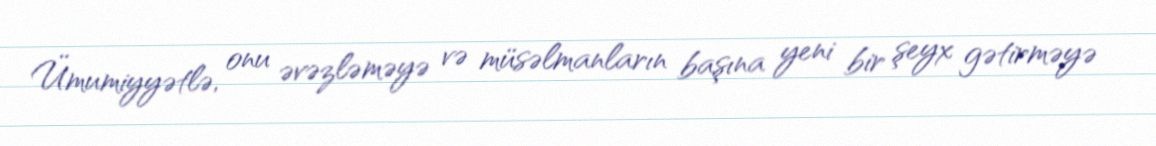
Ümumiyyətlə, onu əvəzləməyə və müsəlmanların başına yeni bir şeyx gətirməyə